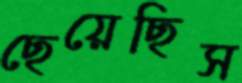
ছেয়েছিস